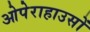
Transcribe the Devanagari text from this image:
ओपेराहाउसों